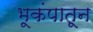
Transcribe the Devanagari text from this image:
भूकंपातून